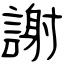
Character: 謝